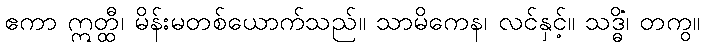
ဧကာ ဣတ္ထီ၊ မိန်းမတစ်ယောက်သည်။ သာမိကေန၊ လင်နှင့်။ သဒ္ဓိံ၊ တကွ။